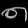
Digit: ၈